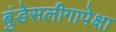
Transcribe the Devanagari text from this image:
बुंडेसलीगापेक्षा